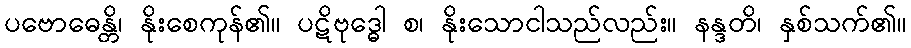
ပဗောဓေန္တိ၊ နိုးစေကုန်၏။ ပဋိဗုဒ္ဓေါ စ၊ နိုးသောငါသည်လည်း။ နန္ဒတိ၊ နှစ်သက်၏။